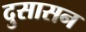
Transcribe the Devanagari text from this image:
दुसासन